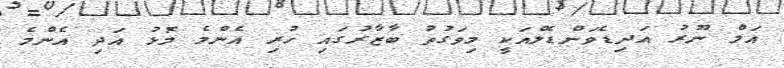
އަލް ނޫރު އަދިޑެވަންޑެލްއަކީ މިވަގުތު ބާޒާރުގައި ހުރި އެންމެ މޮޅު އަދި އެންމެ